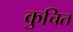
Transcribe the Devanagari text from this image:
कुचित